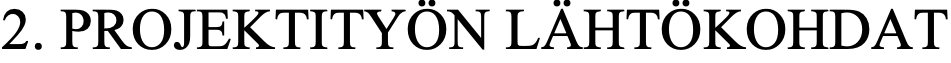
2. PROJEKTITYÖN LÄHTÖKOHDAT